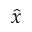
\hat { x }